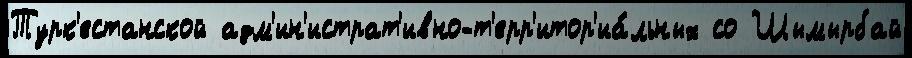
Турк'естанской адм'ин'истрат'ивно-т'ерр'итор'иа́льных со Шымырбай